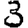
Digit: 3